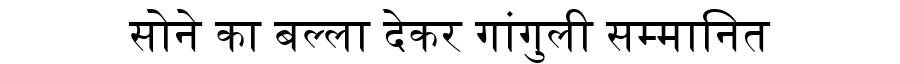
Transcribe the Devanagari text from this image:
सोने का बल्ला देकर गांगुली सम्मानित